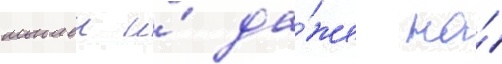
мышеи и́ да́же на́